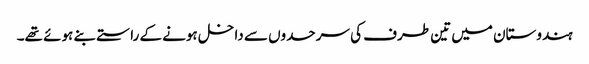
ہندوستان میں تین طرف کی سرحدوں سے داخل ہونے کے راستے بنے ہوئے تھے۔